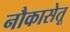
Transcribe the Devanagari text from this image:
नौकासेतू